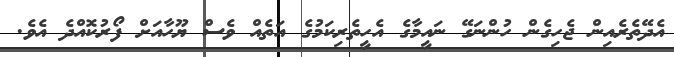
އެދޭތެރެއިން ޖެހިގެން ހުންނަގޭ ނައީމާގެ އެހީތެރިކަމުގެ އަތެއް ވެސް ޔޫހާއަށް ފޯރުކޮއްދެ އެވެ.